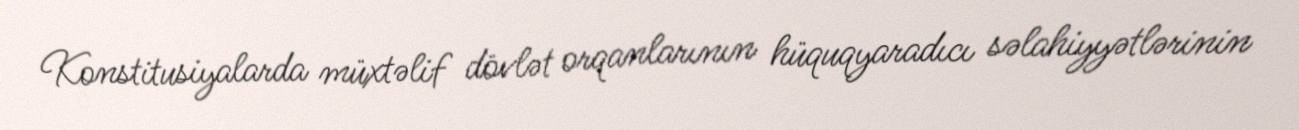
Konstitusiyalarda müxtəlif dövlət orqanlarının hüquqyaradıcı səlahiyyətlərinin